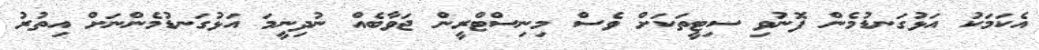
އެކަމަކު އަޅުގަނޑުމެން ފޮނުވި ސިޓީތަކަށް ވެސް މިނިސްޓްރީން ޖަވާބެއް ނުދިނީމަ އަޅުގަނޑުމެންނަށް އިތުރު